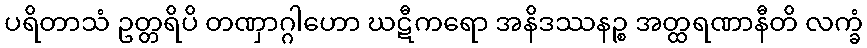
ပရိတာသံ ဥတ္တရိပိ တဏှာဂ္ဂါဟော ဃဋီကရော အနိဒဿနဉ္စ အတ္ထရဏာနီတိ လက္ခံ